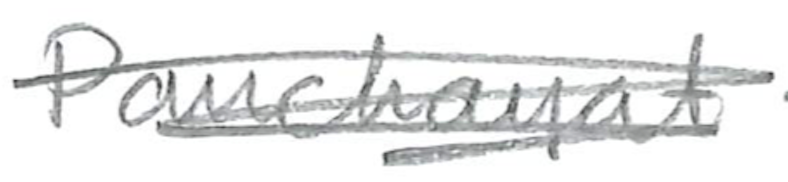
Text: Panchayat
Cross-out: scratch
Writing tool: pencil